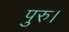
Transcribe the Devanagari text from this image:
पुरु।